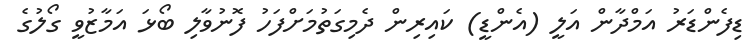
ޑިފެންޑަރު އަމްދާން އަލީ (އެންޑީ) ކައިރިން ދެމިގަތުމަށްފަހު ފޮނުވާލި ބޯޅަ އަމާޒުވީ ގޯލުގެ